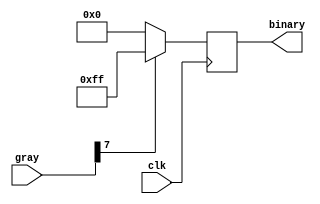
module binary(
    input               clk,
    input       [7:0]   gray,
    output  reg [7:0]   binary
);
    always @(posedge clk)
        binary <= gray[7] ? 8'hFF : 8'h00;
endmodule